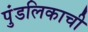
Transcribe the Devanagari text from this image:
पुंडलिकाची